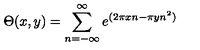
\Theta ( x , y ) = \sum _ { n = - \infty } ^ { \infty } e ^ { ( 2 \pi x n - \pi y n ^ { 2 } ) }